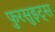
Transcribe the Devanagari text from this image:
फुरसुइट्स